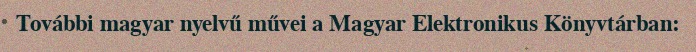
További magyar nyelvű művei a Magyar Elektronikus Könyvtárban: